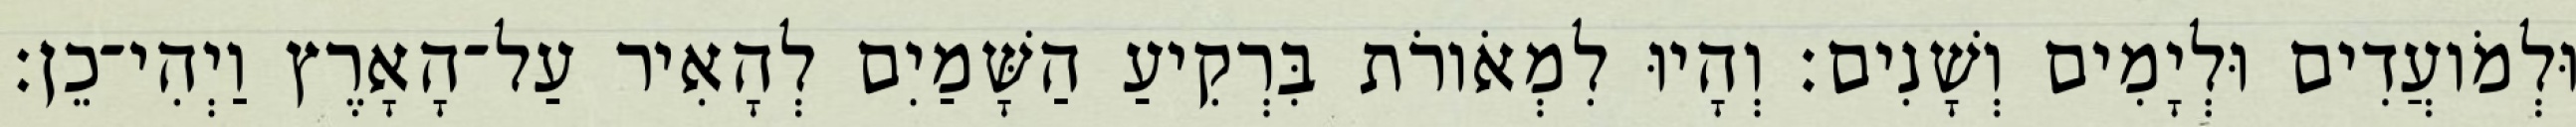
וּלְמֹועֲדִים וּלְיָמִים וְשָׁנִים׃ וְהָיוּ לִמְאֹורֹת בִּרְקִיעַ הַשָּׁמַיִם לְהָאִיר עַל־הָאָרֶץ וַיְהִי־כֵן׃